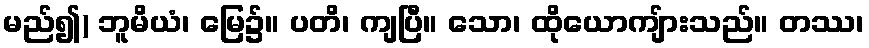
မည်၍) ဘူမိယံ၊ မြေ၌။ ပတိ၊ ကျပြီ။ သော၊ ထိုယောကျ်ားသည်။ တဿ၊